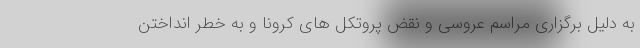
به دلیل برگزاری مراسم عروسی و نقض پروتکل های کرونا و به خطر انداختن